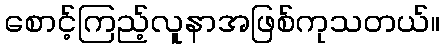
စောင့်ကြည့်လူနာအဖြစ်ကုသတယ်။